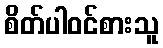
စိတ်ပါဝင်စားသူ